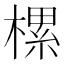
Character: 樏